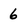
Character: 6